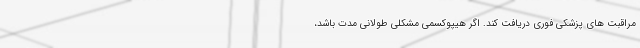
مراقبت های پزشکی فوری دریافت کند. اگر هیپوکسمی مشکلی طولانی مدت باشد،